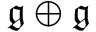
{ \mathfrak { g } } \oplus { \mathfrak { g } }